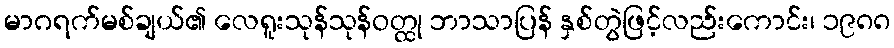
မာဂရက်မစ်ချယ်၏ လေရူးသုန်သုန်ဝတ္ထု ဘာသာပြန် နှစ်တွဲဖြင့်လည်းကောင်း၊ ၁၉၈၈